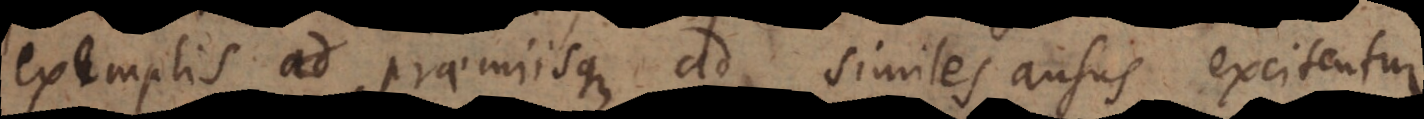
exemplis ad praemiisque ad similes ausus excitentur.